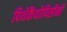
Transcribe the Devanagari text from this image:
पिथेकैंथोपिसीनी